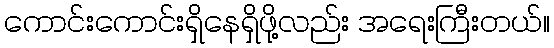
ကောင်းကောင်းရှိနေရှိဖို့လည်း အရေးကြီးတယ်။